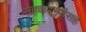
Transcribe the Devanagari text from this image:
सहकंपन्यांसह